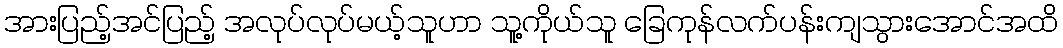
အားပြည့်အင်ပြည့် အလုပ်လုပ်မယ့်သူဟာ သူ့ကိုယ်သူ ခြေကုန်လက်ပန်းကျသွားအောင်အထိ